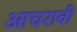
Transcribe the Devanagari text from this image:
आचरावी